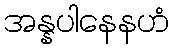
အန္နပါနေနဟံ